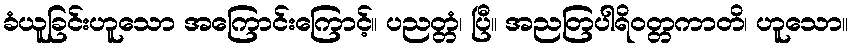
ခံယူခြင်းဟူသော အကြောင်းကြောင့်။ ပညတ္တံ၊ ပြီ။ အညတြပါရိဝတ္တကာတိ၊ ဟူသော။